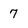
Character: 7